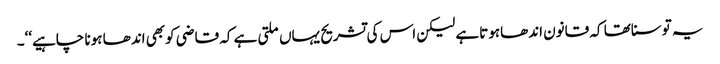
یہ توسناتھا کہ قانون اندھاہوتاہے لیکن اس کی تشریح یہاں ملتی ہے کہ قاضی کوبھی اندھا ہونا چاہیے‘‘۔